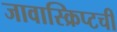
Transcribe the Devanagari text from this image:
जावास्क्रिप्टची